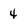
Character: 4